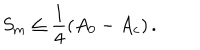
S _ { \mathrm { m } } \leq \frac { 1 } { 4 } \left( A _ { 0 } - A _ { \mathrm { c } } \right) .